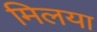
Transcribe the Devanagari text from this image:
मिलया